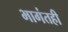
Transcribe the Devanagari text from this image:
भागंतही